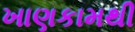
ખાણકામથી